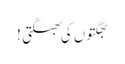
بھگتوں کی بھگتی !